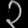
Digit: ၃